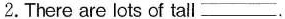
2.There are lots of tall ___ .